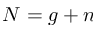
N = g + n